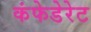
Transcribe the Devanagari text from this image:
कंफेडेरेट